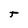
Character: t